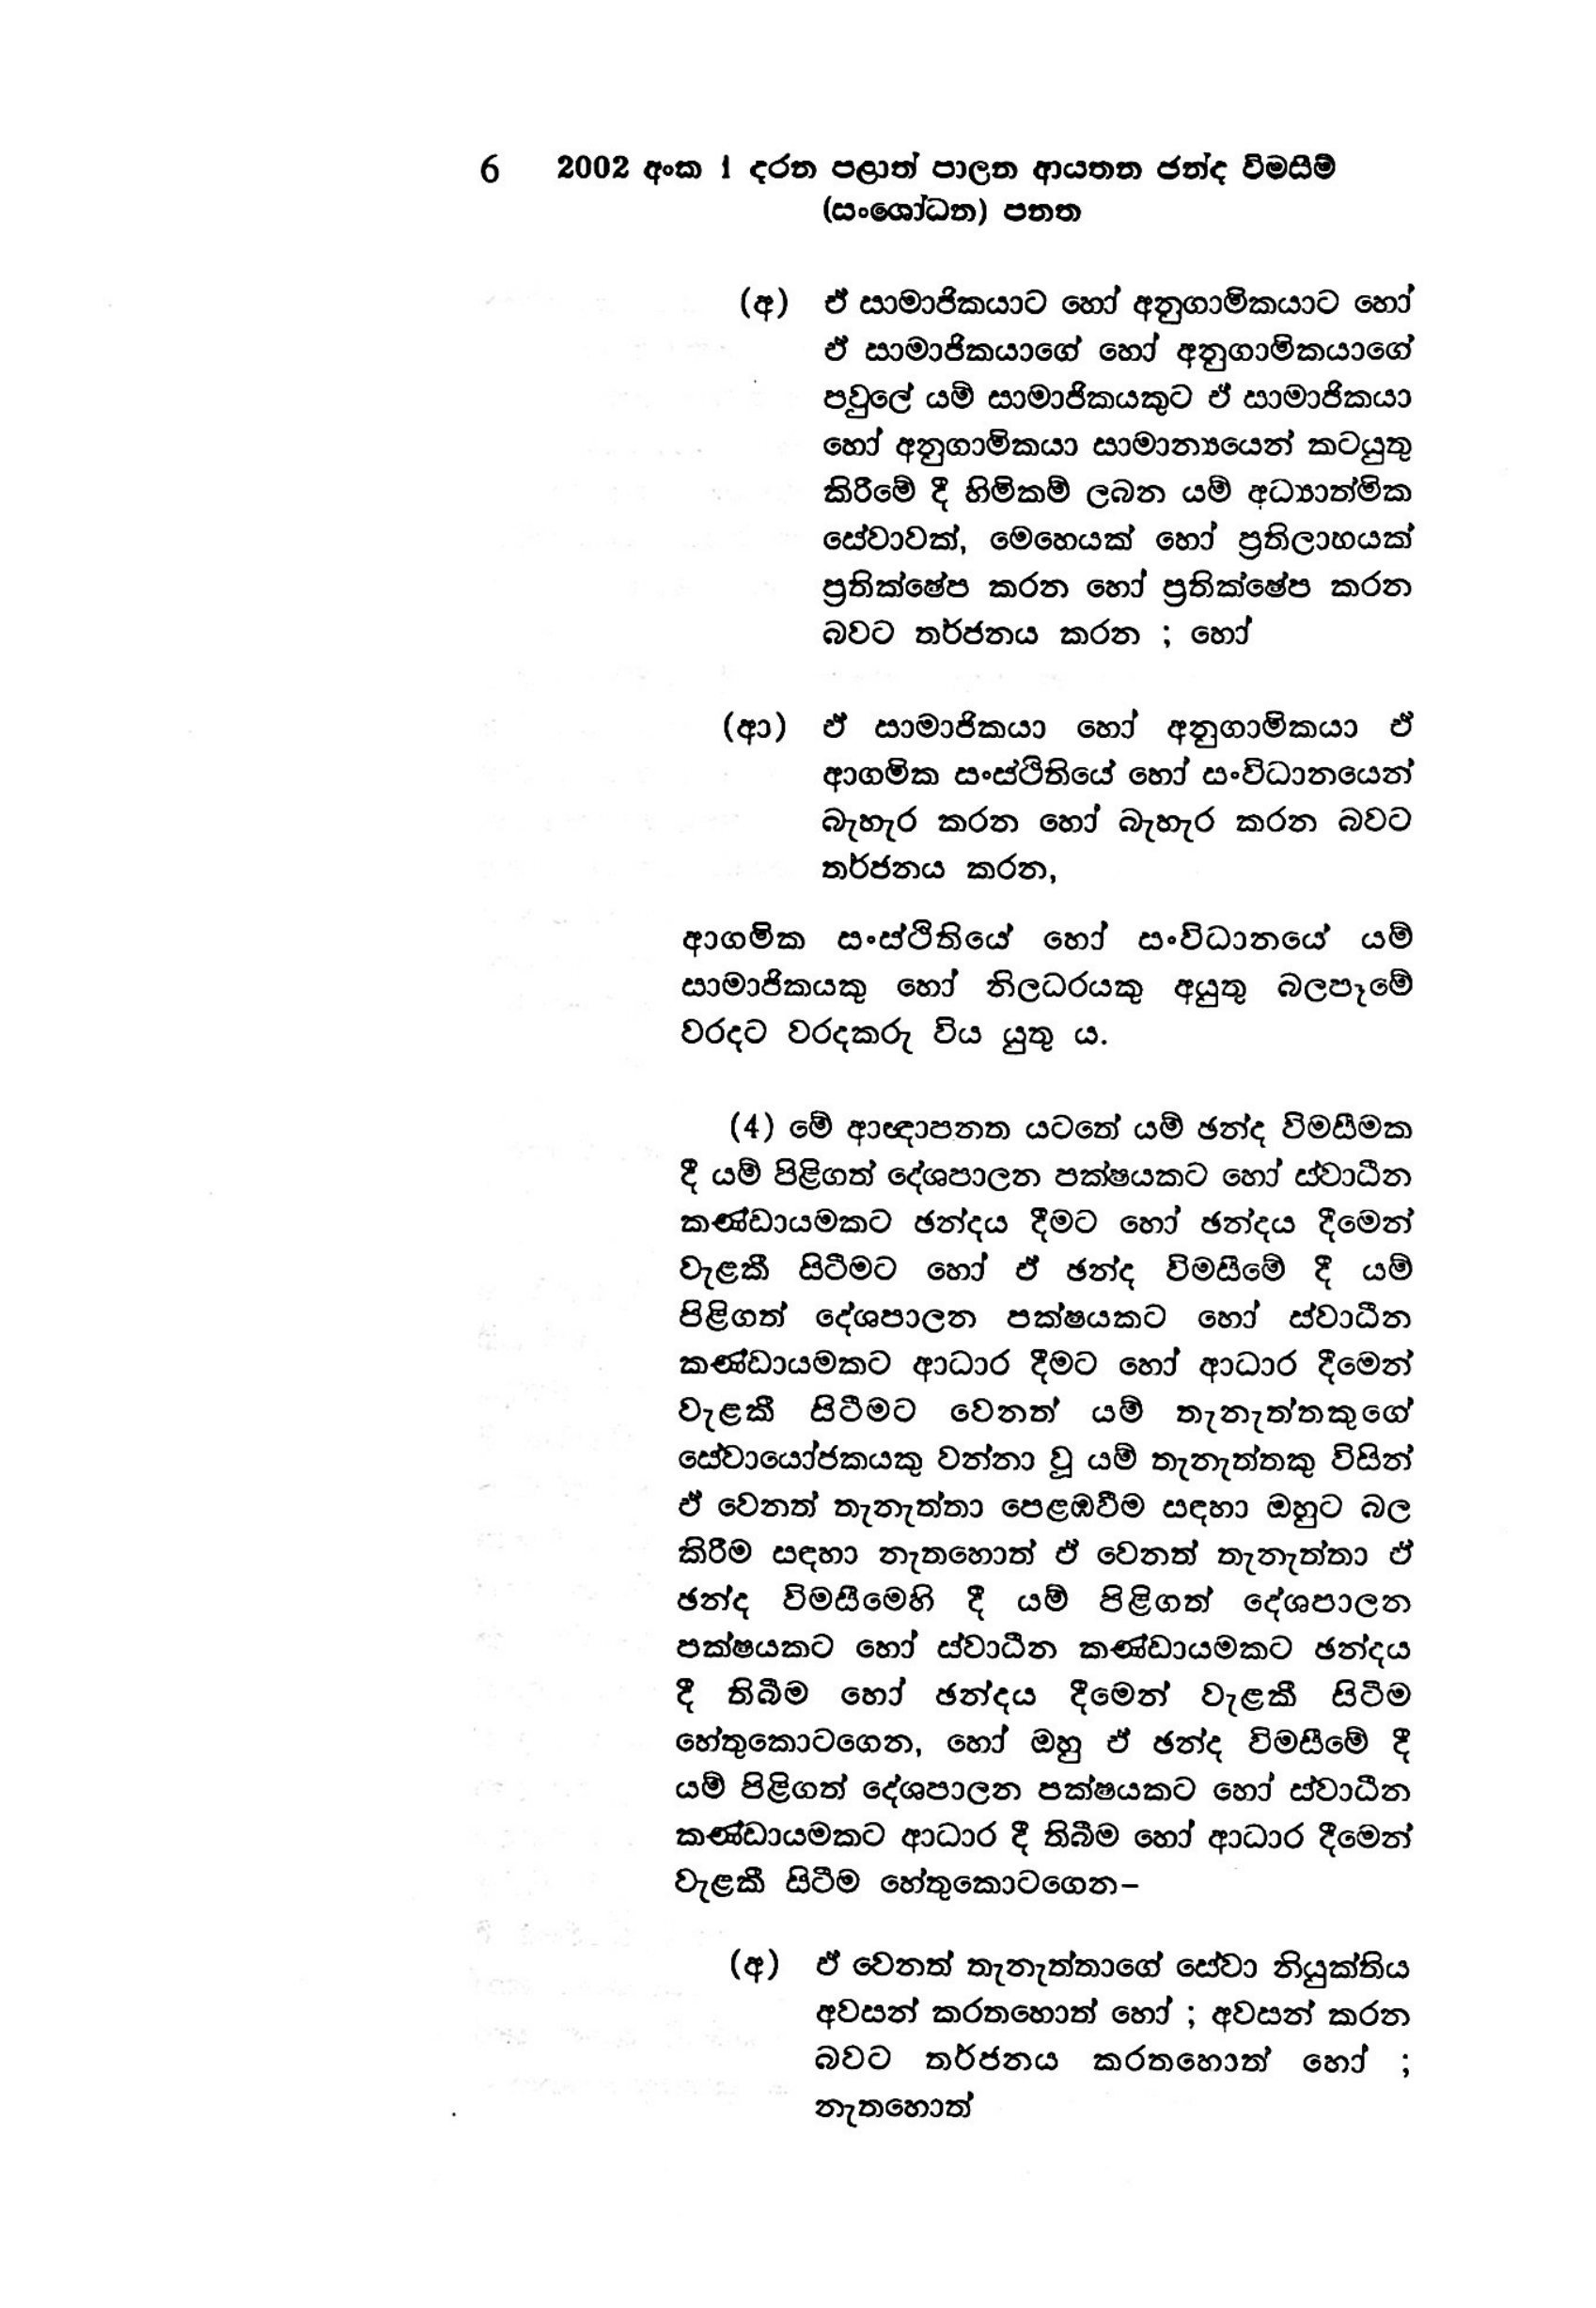
6 2002 අංක 1 දරන පළාත් පාලන ආයතන ඡන්ද විමසීම්
(සංශෝධන) පනත

(අ) ඒ සාමාජිකයාට හෝ අනුගාමිකයාට හෝ
ඒ සාමාජිකයාගේ හෝ අනුගාමිකයාගේ
පවුලේ යම් සාමාජිකයකුට ඒ සාමාජිකයා
හෝ අනුගාමිකයා සාමාන්‍යයෙන් කටයුතු
කිරීමේ දී හිමිකම් ලබන යම් අධ්‍යාත්මික
සේවාවක්, මෙහෙයක් හෝ ප්‍රතිලාභයක්
ප්‍රතික්ෂේප කරන හෝ ප්‍රතික්ෂේප කරන
බවට තර්ජනය කරන ; හෝ

(ආ) ඒ සාමාජිකයා හෝ අනුගාමිකයා ඒ
ආගමික සංස්ථිතියේ හෝ සංවිධානයෙන්
බැහැර කරන හෝ බැහැර කරන බවට
තර්ජනය කරන,

ආගමික සංස්ථිතියේ හෝ සංවිධානයේ යම්
සාමාජිකයකු හෝ නිලධරයකු අයුතු බලපෑමේ
වරදට වරදකරු විය යුතු ය.

(4) මේ ආඥාපනත යටතේ යම් ඡන්ද විමසීමක
දී යම් පිළිගත් දේශපාලන පක්ෂයකට හෝ ස්වාධීන
කණ්ඩායමකට ඡන්දය දීමට හෝ ඡන්දය දීමෙන්
වැළකී සිටීමට හෝ ඒ ඡන්ද විමසීමේ දී යම්
පිළිගත් දේශපාලන පක්ෂයකට හෝ ස්වාධීන
කණ්ඩායමකට ආධාර දීමට හෝ ආධාර දීමෙන්
වැළකී සිටීමට වෙනත් යම් තැනැත්තකුගේ
සේවායෝජකයකු වන්නා වූ යම් තැනැත්තකු විසින්
ඒ වෙනත් තැනැත්තා පෙළඹවීම සඳහා ඔහුට බල
කිරීම සඳහා නැතහොත් ඒ වෙනත් තැනැත්තා ඒ
ඡන්ද විමසීමෙහි දී යම් පිළිගත් දේශපාලන
පක්ෂයකට හෝ ස්වාධීන කණ්ඩායමකට ඡන්දය
දී තිබීම හෝ ඡන්දය දීමෙන් වැළකී සිටීම
හේතුකොටගෙන, හෝ ඔහු ඒ ඡන්ද විමසීමේ දී
යම් පිළිගත් දේශපාලන පක්ෂයකට හෝ ස්වාධීන
කණ්ඩායමකට ආධාර දී තිබීම හෝ ආධාර දීමෙන්
වැළකී සිටීම හේතුකොටගෙන-

(අ) ඒ වෙනත් තැනැත්තාගේ සේවා නියුක්තිය
අවසන් කරතහොත් හෝ ; අවසන් කරන
බවට තර්ජනය කරතහොත් හෝ;
නැතහොත්